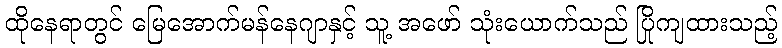
ထိုနေရာတွင် မြေအောက်မန်နေဂျာနှင့် သူ့ အဖော် သုံးယောက်သည် ပြိုကျထားသည့်